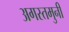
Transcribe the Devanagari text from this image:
अगस्‍तमुनी